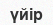
үйір